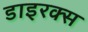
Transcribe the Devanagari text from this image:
डाइरक्स